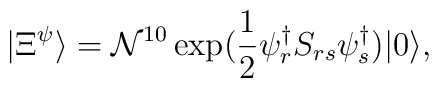
|\Xi^{\psi}\rangle=\mathcal{N}^{10}\exp(\frac{1}{2}\psi^{\dag}_{r}S_{rs}\psi^{\dag}_{s})|0\rangle,